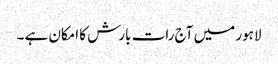
لاہور میں آج رات بارش کا امکان ہے ۔